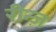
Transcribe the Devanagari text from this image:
रीन्ज़